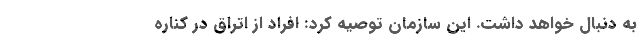
به دنبال خواهد داشت. این سازمان توصیه کرد: افراد از اتراق در کناره